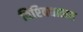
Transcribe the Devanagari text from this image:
विश्‍विद्यालय